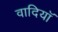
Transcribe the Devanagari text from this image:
वादियॉ